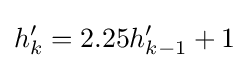
h'_{k}=2.25h'_{k-1}+1